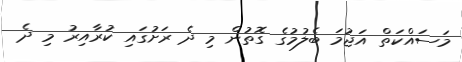
މަސައްކަތް އަޖުމަ ބެލުމުގެ ގޮތުން މި ދެ ރަށުގައި ކުރާއިރު މި ދެ